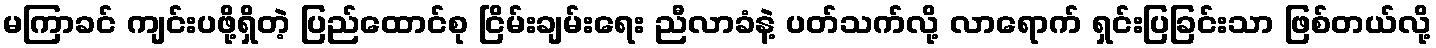
မကြာခင် ကျင်းပဖို့ရှိတဲ့ ပြည်ထောင်စု ငြိမ်းချမ်းရေး ညီလာခံနဲ့ ပတ်သက်လို့ လာရောက် ရှင်းပြခြင်းသာ ဖြစ်တယ်လို့